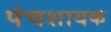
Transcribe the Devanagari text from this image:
पंचशायक